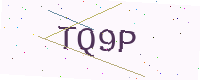
Text: TQ9P